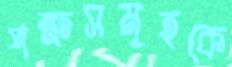
পক্ষসমূহকে